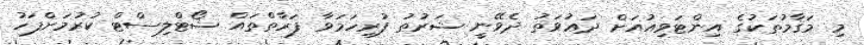
މި މަޤާމުތަކުގެ އިންޓަވިއުއަށް ދަޢުވަތު ދެވޭނީ ޝަރުޠު ފުރިހަމަވާ ފަރާތްތައް ޝޯޓްލިސްޓް ކުރުމަށްފަހު